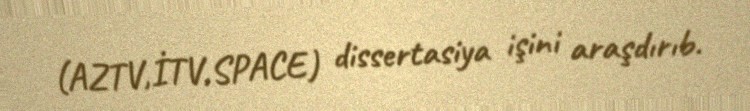
(AZTV,İTV,SPACE) dissertasiya işini araşdırıb.